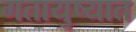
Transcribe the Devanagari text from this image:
गतायुष्यात